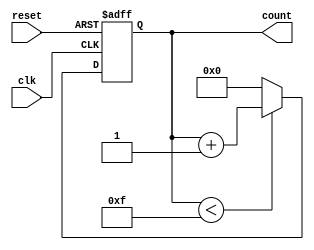
module MemoryBlocksUpCounter #(
    parameter BIT_WIDTH = 4,           // Bit width for the counter
    parameter INITIAL_VALUE = 0,       // Initial value for the counter
    parameter MAX_COUNT_VALUE = 15      // Maximum count value
)(
    input wire clk,                     // Clock input
    input wire reset,                   // Asynchronous reset input
    output reg [BIT_WIDTH-1:0] count    // Count output
);

    // Asynchronous reset and counting mechanism
    always @(posedge clk or posedge reset) begin
        if (reset) begin
            // Reset the counter to the initial value
            count <= INITIAL_VALUE;
        end else begin
            // Increment the counter
            if (count < MAX_COUNT_VALUE) begin
                count <= count + 1;
            end else begin
                // Reset to initial value if maximum count is exceeded
                count <= INITIAL_VALUE;
            end
        end
    end

endmodule